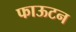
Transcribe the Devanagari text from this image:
फाऊटन